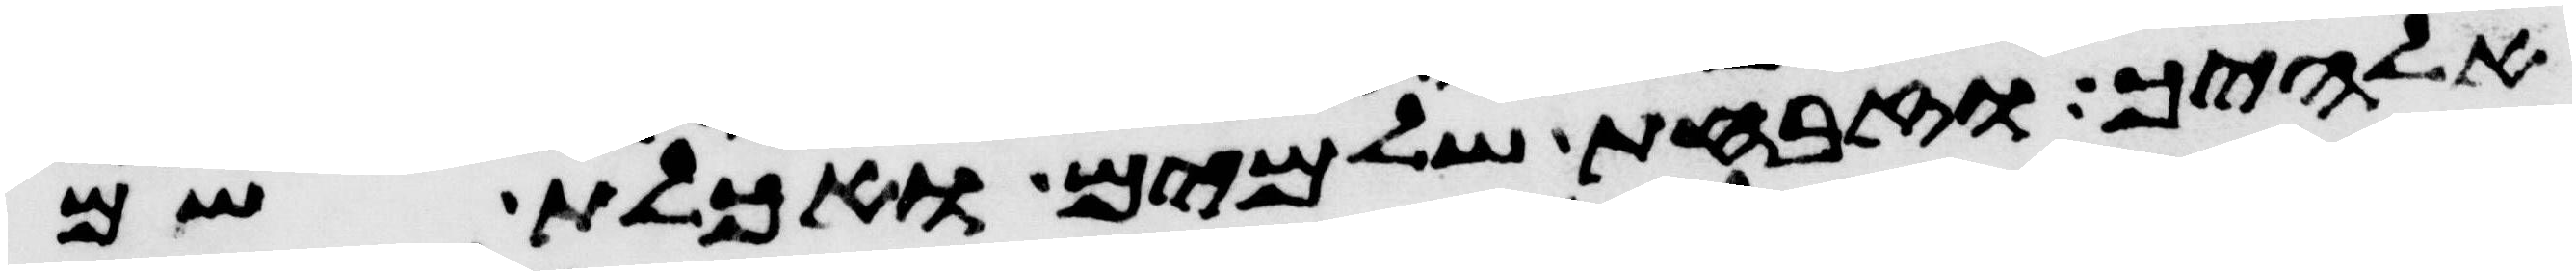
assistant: אלהיך וזבחת שלמים ואכלת שם